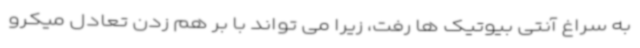
به سراغ آنتی بیوتیک ها رفت، زیرا می تواند با بر هم زدن تعادل میکرو